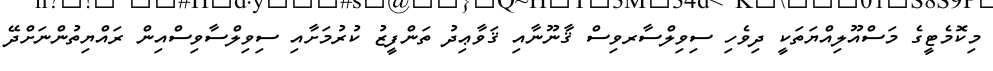
މިކޮމެޓީގެ މަސްއޫލިއްޔަތަކީ ދިވެހި ސިވިލްސާރވިސް ޤާނޫނާއި ޤަވާޢިދު ތަންފީޒު ކުރުމަށާއި ސިވިލްސާވިސްއިން ރައްޔިތުންނަށްދޭ